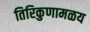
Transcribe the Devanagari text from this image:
तिरिकुणामळय